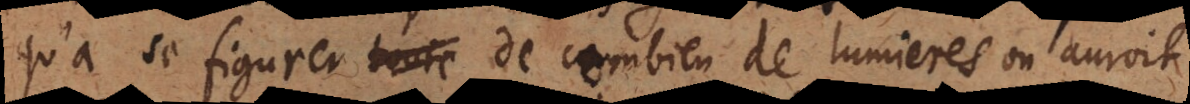
’à se figurer toute de combien de lumieres on auroit